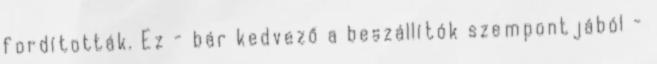
fordították. Ez - bár kedvező a beszállítók szempontjából -